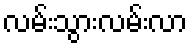
လမ်းသွားလမ်းလာ